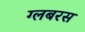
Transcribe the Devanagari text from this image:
ग्लबरस